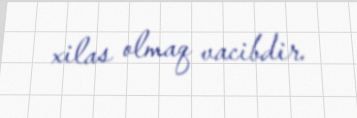
xilas olmaq vacibdir.